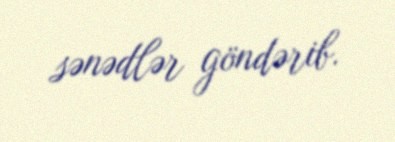
sənədlər göndərib.